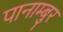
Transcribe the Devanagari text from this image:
पानाम्बुर